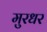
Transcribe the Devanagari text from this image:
मुरधर